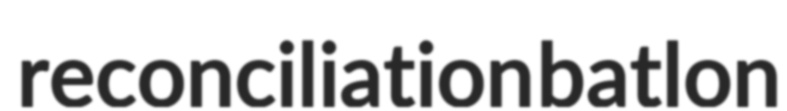
reconciliation batlon